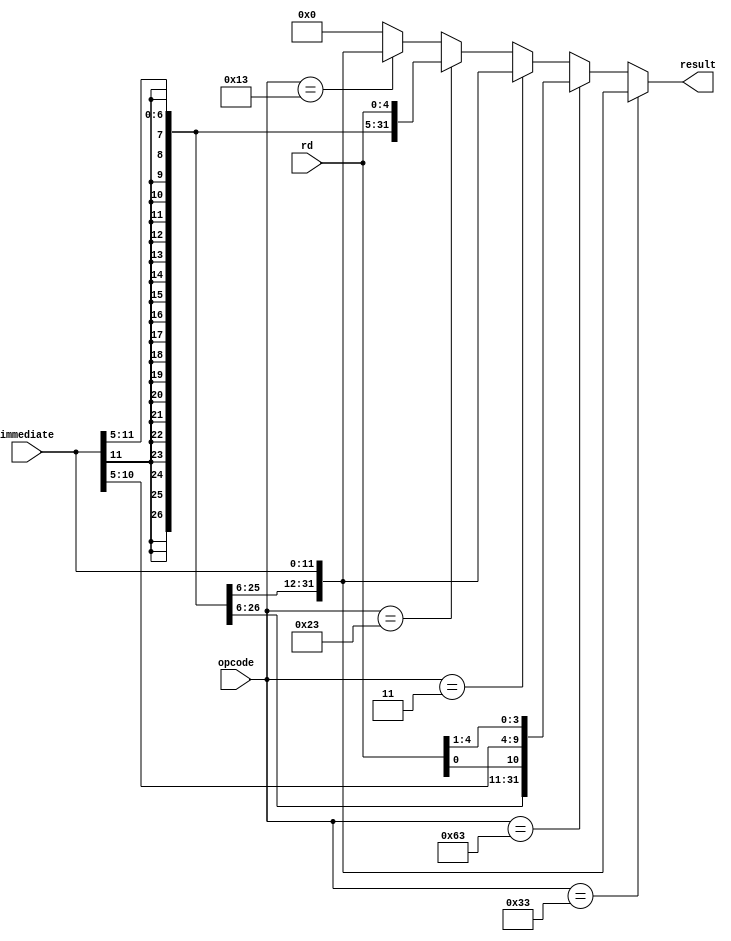
`timescale 1ns / 1ps

//////////////////////////////////////////////////////////////////////////////////
// fullname : Milad Nooraei
// student number : 9935701
// Computer Architecture HomeWork 1
//////////////////////////////////////////////////////////////////////////////////

module SignExtendModule(
	input [11:0]immediate,
	input [4:0]rd,
	input [6:0]opcode,
	
	output reg[31:0] result
);
	 
	always @(*) begin
		if (opcode == 7'b0110011) //R-type
			result = {{20{immediate[11]}}, immediate[11:0]};
		else if (opcode == 7'b1100011) //Branch
			result = {{20{immediate[11]}}, immediate[11], rd[0], immediate[10:5], rd[4:1]};
		else if (opcode == 7'b0000011) //Load
			result = {{20{immediate[11]}}, immediate[11:0]};
		else if (opcode == 7'b0100011) //Store
			result = {{20{immediate[11]}}, immediate[11:5], rd};
		else if (opcode == 7'b0010011) //Immediate
			result = {{20{immediate[11]}}, immediate[11:0]};
		else //Default
			result = 0;
	end

endmodule